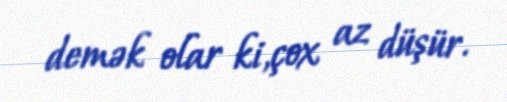
demək olar ki,çox az düşür.